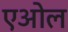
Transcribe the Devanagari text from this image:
एओल